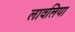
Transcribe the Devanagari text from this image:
लावलिया